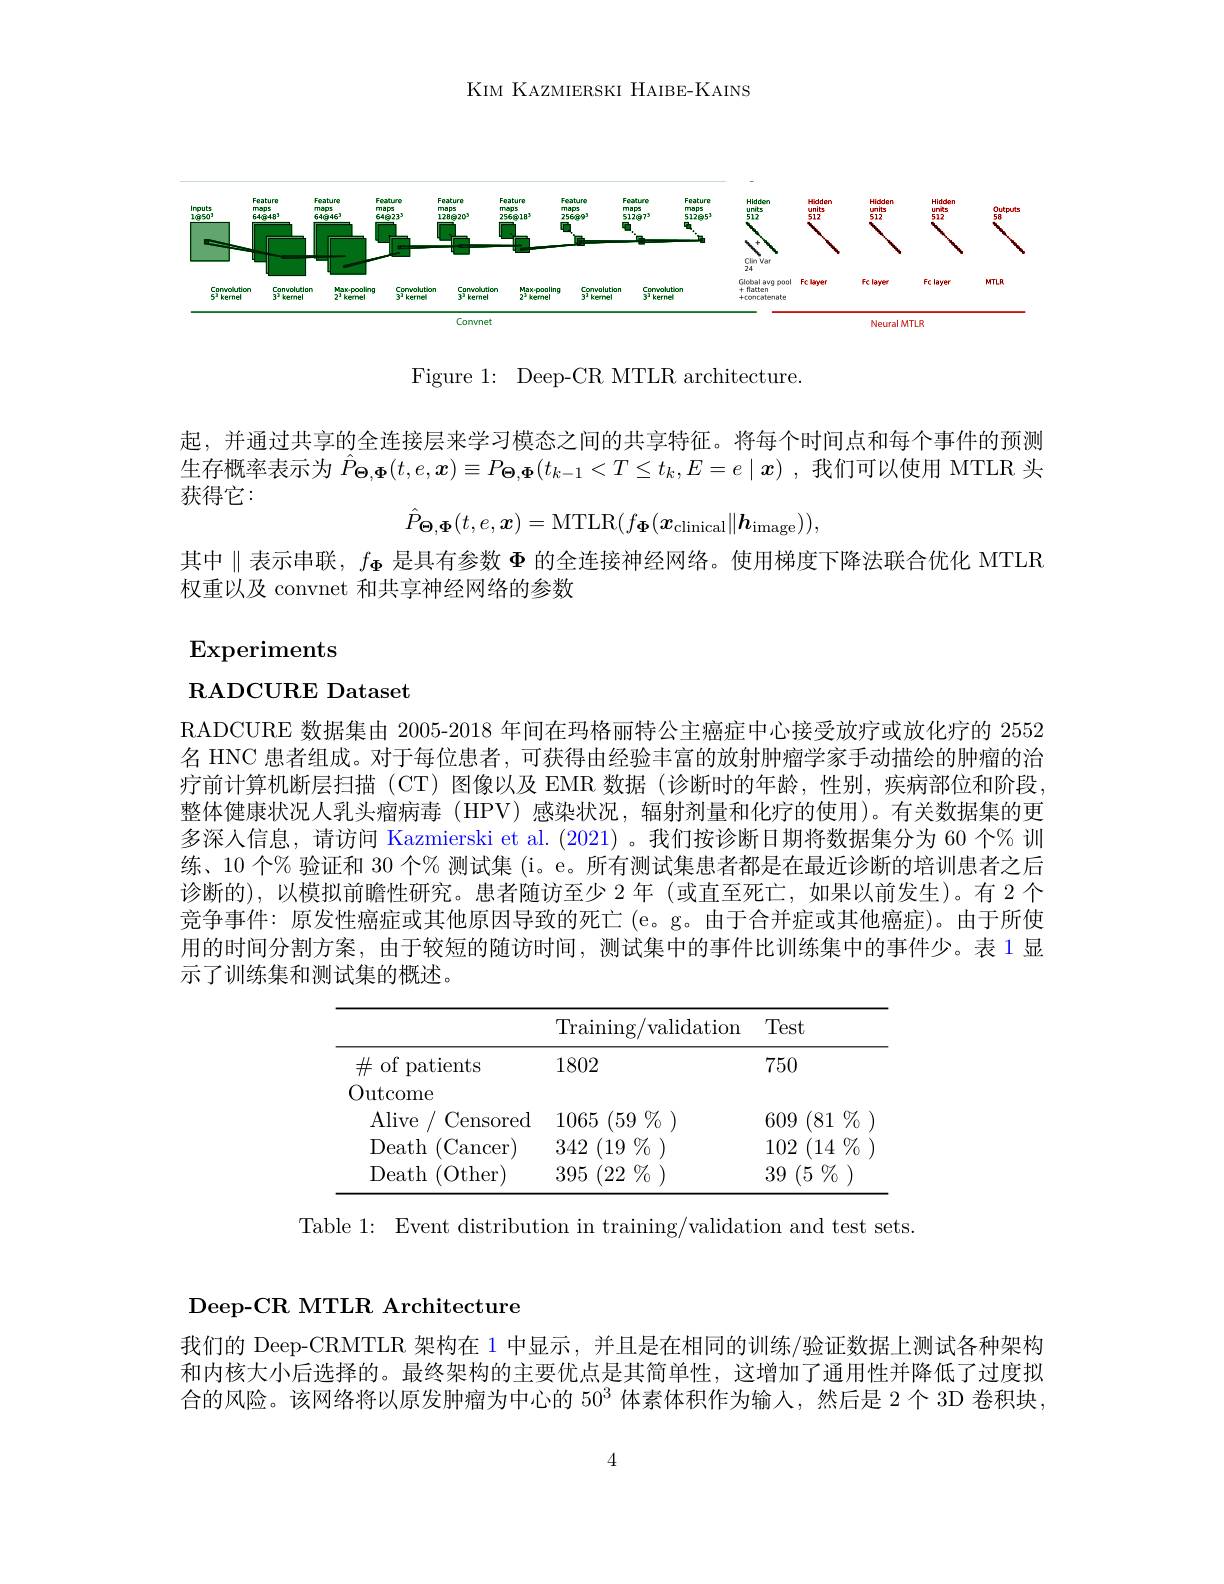
KIM KAZMIERSKI HAIBE-KAINS

<FigureHere>

Figure 1: Deep-CR MTLR architecture.

起，并通过共享的全连接层来学习模态之间的共享特征。将每个时间点和每个事件的预测生存概率表示为$\hat{P}_{\boldsymbol{\Theta},\boldsymbol{\Phi}}(t,e,\boldsymbol{x})\equiv P_{\boldsymbol{\Theta},\boldsymbol{\Phi}}(t_{k-1}<T\leq t_k,E=e\mid\boldsymbol{x})$ ,我们可以使用 MTLR 头获得它：
$$\hat{P}_{\boldsymbol{\Theta},\boldsymbol{\Phi}}(t,e,\boldsymbol{x})=\mathrm{MTLR}(f_{\boldsymbol{\Phi}}(\boldsymbol{x}_{\mathrm{clinical}}\|\boldsymbol{h}_{\mathrm})),$$
其中$\parallel$表示串联$,f_{\Phi}$ 是具有参数 $\Phi$ 的全连接神经网络。使用梯度下降法联合优化 MTLR
权重以及 convnet 和共享神经网络的参数

# $\operatorname{Experiments}$

RADCURE Dataset

RADCURE 数据集由 2005-2018 年间在玛格丽特公主癌症中心接受放疗或放化疗的 2552名 HNC 患者组成。对于每位患者，可获得由经验丰富的放射肿瘤学家手动描绘的肿瘤的治疗前计算机断层扫描(CT)图像以及 EMR 数据(诊断时的年龄，性别，疾病部位和阶段， 整体健康状况人乳头瘤病毒(HPV)感染状况，辐射剂量和化疗的使用)。有关数据集的更多深人信息，请访问 Kazmierski et al.(2021) 。我们按诊断日期将数据集分为 60 个% 训练、10 个% 验证和 30 个% 测试集 (i。e。所有测试集患者都是在最近诊断的培训患者之后诊断的),以模拟前瞻性研究。患者随访至少 2 年 (或直至死亡，如果以前发生)。有 2 个竞争事件：原发性癌症或其他原因导致的死亡 (e。g。由于合并症或其他癌症)。由于所使用的时间分割方案，由于较短的随访时间，测试集中的事件比训练集中的事件少。表 1 显示了训练集和测试集的概述。

<table>
	<tbody>
		<tr>
			<th> </th>
			<th>Training/ validation</th>
			<th>Test</th>
		</tr>
		<tr>
			<td>$\#$ of patients</td>
			<td>1802</td>
			<td>750</td>
		</tr>
		<tr>
			<td>Death (Cancer</td>
			<td>342 (19 $9\%$</td>
			<td>102 (14 $\%$</td>
		</tr>
		<tr>
			<td>Death (Other</td>
			<td>395 (22 $\%\%$</td>
			<td>39 (5 $\%$</td>
		</tr>
	</tbody>
</table>

Table 1: Event distribution in training/validation and test sets.

Deep-CR MTLR Architecture

我们的 Deep-CRMTLR 架构在 1 中显示，并且是在相同的训练/验证数据上测试各种架构和内核大小后选择的。最终架构的主要优点是其简单性，这增加了通用性并降低了过度拟合的风险。该网络将以原发肿瘤为中心的 50$^{3}$体素体积作为输人，然后是 2个 3D 卷积块，

4